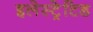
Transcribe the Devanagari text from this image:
इलेस्‍ट्रेटिड